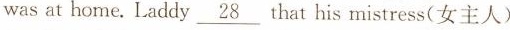
was at home.Laddy \underline{28} that his mistress (女主人)